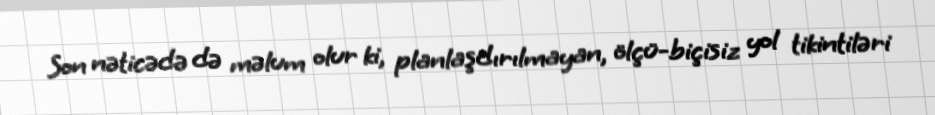
Son nəticədə də məlum olur ki, planlaşdırılmayan, ölçü-biçisiz yol tikintiləri